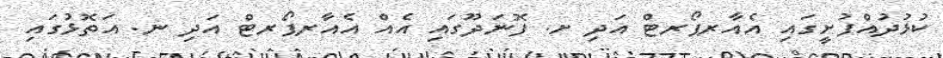
ކުޅުދުއްފުށީގައި އެއާރޕޯރޓް އަދި ށ. ފޮނަދޫގައި އެއް އެއާރޕޯރޓް އަދި ނ. އަތޮޅުގައި